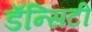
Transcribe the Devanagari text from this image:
डॅन्सिटी